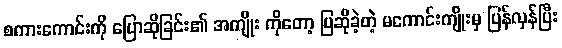
စကားကောင်းကို ပြောဆိုခြင်း၏ အကျိုး ကိုတော့ ပြဆိုခဲ့တဲ့ မကောင်းကျိုးမှ ပြန်လှန်ပြီး